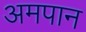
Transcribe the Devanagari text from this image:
अमपान